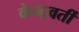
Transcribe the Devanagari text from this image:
केन्द्रवर्ती